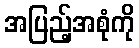
အပြည့်အစုံကို